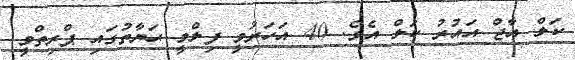
ކަލް އާޖް އައުރު ކަލް އެވެ. 40 އަހަރުވީ ފިލްމީ ޙަޔާތުގައި ޕްރިތްވީ